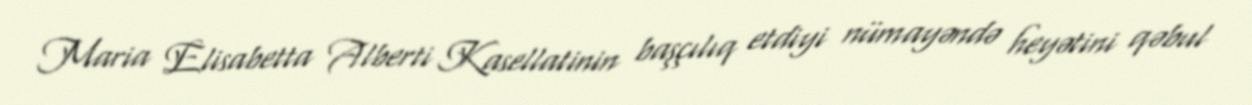
Maria Elisabetta Alberti Kasellatinin başçılıq etdiyi nümayəndə heyətini qəbul